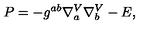
P = - g ^ { a b } \nabla _ { a } ^ { V } \nabla _ { b } ^ { V } - E ,